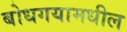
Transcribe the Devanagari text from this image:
बोधगयामधील